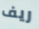
ريف